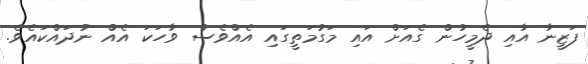
ފަޒީނާ އާއި ދެމީހުން ގެއަށް އައި މަގުމަތީގައި އެއްވެސް ވާހަކަ އެއް ނުދައްކައެވެ.